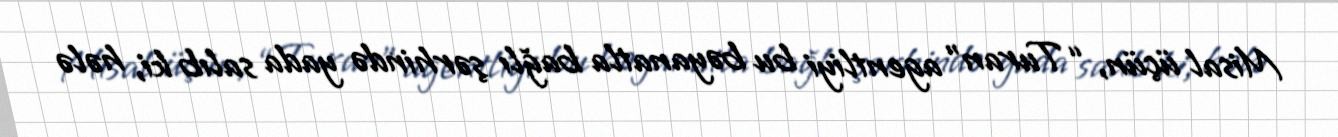
Misal üçün, “Turan” agentliyi bu bəyanatla bağlı şərhində yada salıb ki, hələ